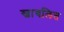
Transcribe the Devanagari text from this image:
स्वाचलित